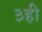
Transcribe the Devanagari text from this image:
३ही